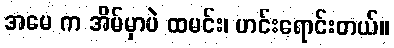
အမေ က အိမ်မှာပဲ ထမင်း၊ ဟင်းရောင်းတယ်။